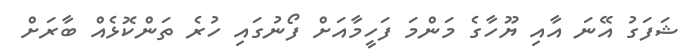
ޝަފަގު އޭނަ އާއި ޔޫހާގެ މަންމަ ފަހީމާއަށް ފޯނުގައި ހުރެ ތަންކޮޅެއް ބާރަށް